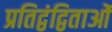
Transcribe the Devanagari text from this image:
प्रतिद्वंद्विताओं